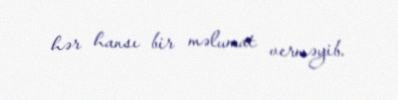
hər hansı bir məlumat verməyib.